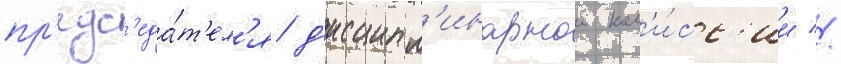
пр'едс'еда́т'ел'я д'исципл'инарнои ком'и́сс'ии //